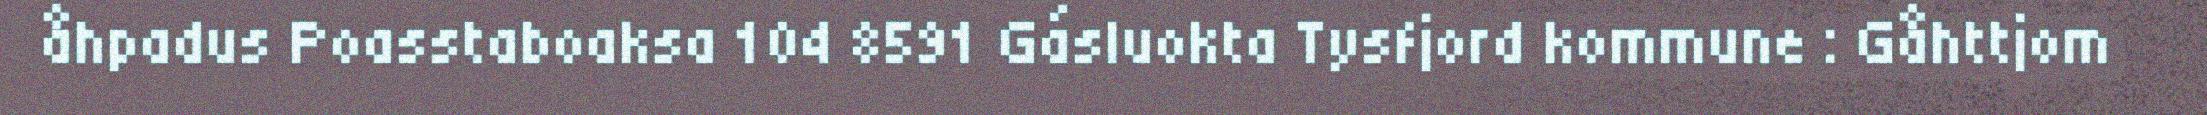
åhpadus Poasstaboaksa 104 8591 Gásluokta Tysfjord kommune : Gåhttjom